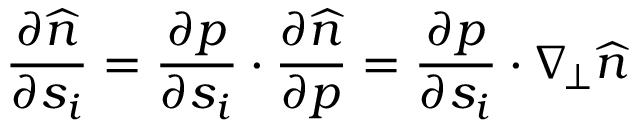
\frac { \partial \widehat { n } } { \partial s _ { i } } = \frac { \partial p } { \partial s _ { i } } \cdot \frac { \partial \widehat { n } } { \partial p } = \frac { \partial p } { \partial s _ { i } } \cdot \nabla _ { \! \bot } \widehat { n }